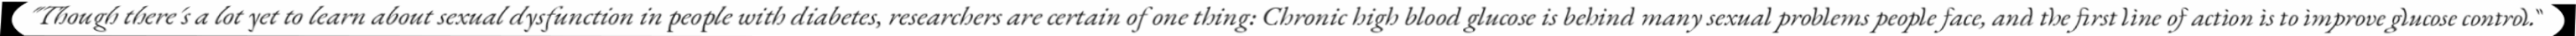
"Though there's a lot yet to learn about sexual dysfunction in people with diabetes, researchers are certain of one thing: Chronic high blood glucose is behind many sexual problems people face, and the first line of action is to improve glucose control."